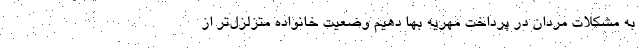
به مشکلات مردان در پرداخت مهریه بها دهیم وضعیت خانواده متزلزل‌تر از